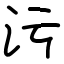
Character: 污